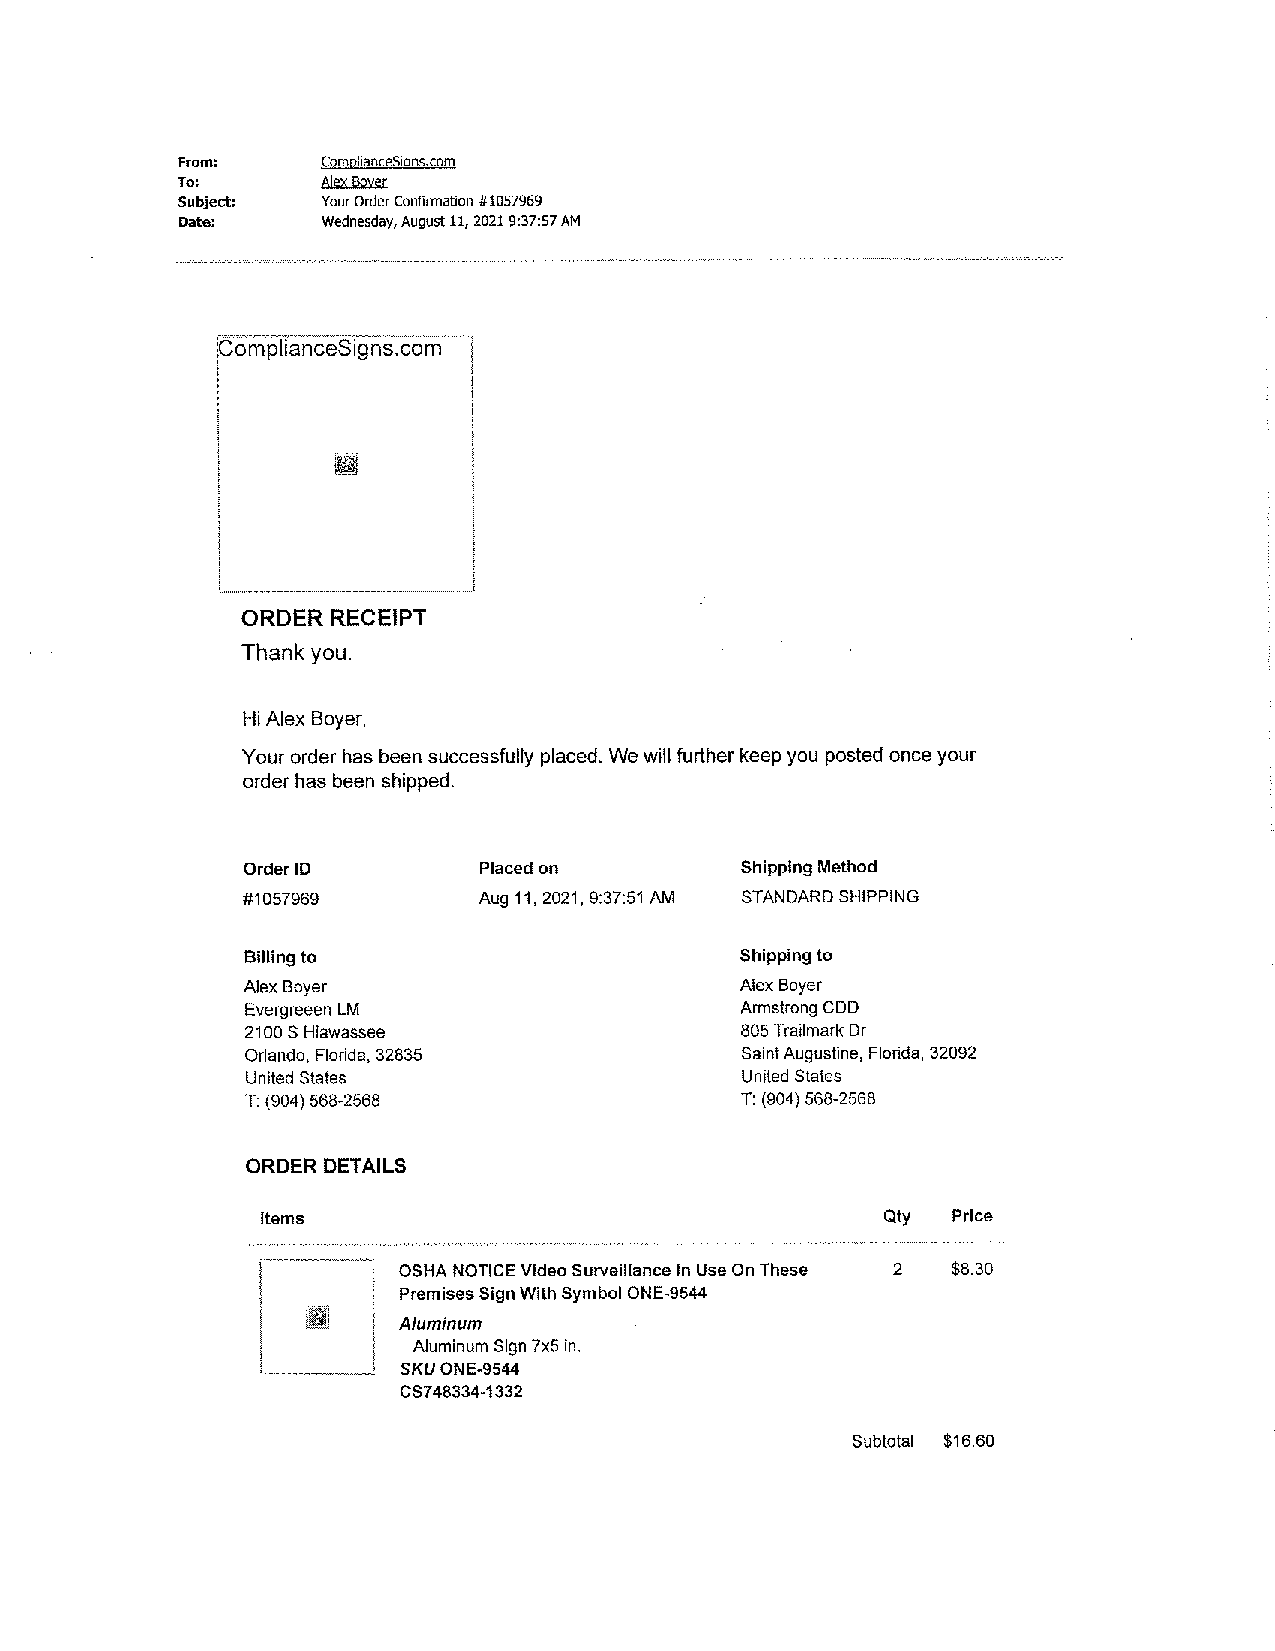
From:    ComplianceSigns.com
 To:      Alex Boyer
 Subject: Your Order Confinnation #1057969
 Date:    Wednesday, August 11, 2021 9:37:57 AM
 :complianceSigns.com
 ORDER RECEIPT
 Thank you.
 Hi Alex Boyer,
 Your order has been successfully placed. We will further keep you posted once your
 order has been shipped.
 Order ID        Placed on        Shipping Method
 #1057969        Aug 11, 2021, 9:37:51 AM STANDARD SHIPPING
 Billing to                       Shipping to
 Alex Boyer                       Alex Boyer
 Evergreeen LM                    Armstrong CDD
 21 ooS Hiawassee                 805 Traitmark Dr
 Orlando, Florida, 32835          Saint Augustine, Florida, 32092
 United States                    United States
 T: (904) 568-2568                T: (904) 568-2568
 ORDER DETAILS
 Items                                     Qty Price
 OSHA NOTICE Video Surveillance In Use On These 2 $8.30
 Premises Sign With Symbol ONE-9544
 Aluminum
 Aluminum Sign 7x5 in.
 SKU ONE-9544
 CS748334-1332
 Subtotal $16.60